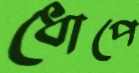
ধোপে